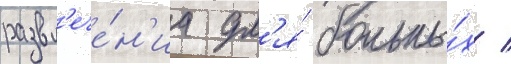
развл'ече́н'иа дл'я́ больны́х /